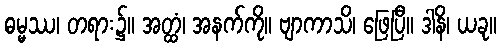
ဓမ္မဿ၊ တရား၌။ အတ္ထံ၊ အနက်ကို။ ဗျာကာသိ၊ ဖြေပြီ။ ဒါနိ၊ ယခု။